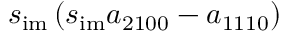
s _ { \mathrm { i m } } \left( s _ { \mathrm { i m } } a _ { 2 1 0 0 } - a _ { 1 1 1 0 } \right)